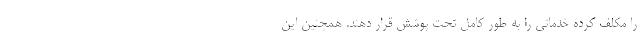
را مکلف کرده خدماتی را به‌ طور کامل تحت پوشش قرار دهند. همچنین این